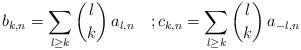
LaTeX: \begin{align*}b_{k,n} = \sum_{l \geq k} \binom{l}{k}\,a_{l,n}\quad;c_{k,n} = \sum_{l \geq k} \binom{l}{k}\,a_{-l,n} \end{align*}